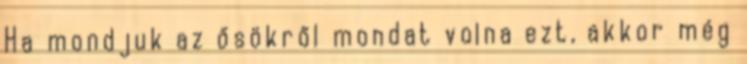
Ha mondjuk az ősökről mondat volna ezt, akkor még